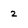
Character: 2